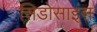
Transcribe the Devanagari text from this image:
सिडोसाइंस